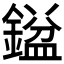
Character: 𮢼